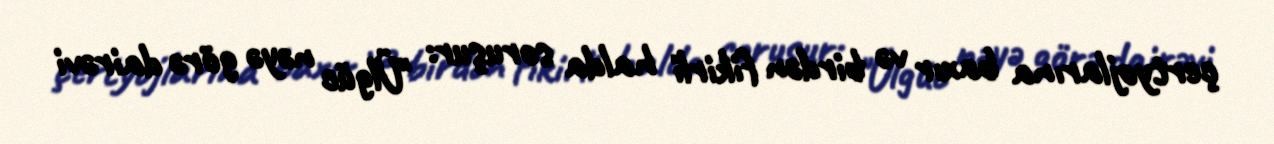
çertyojlarına baxır və birdən fikirli halda soruşur: "Ülgüc nəyə görə dairəvi